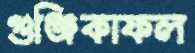
গুঞ্জিকাফল